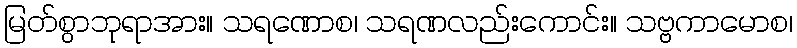
မြတ်စွာဘုရာအား။ သရဏောစ၊ သရဏလည်းကောင်း။ သဗ္ဗကာမောစ၊